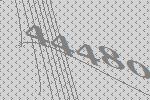
44480